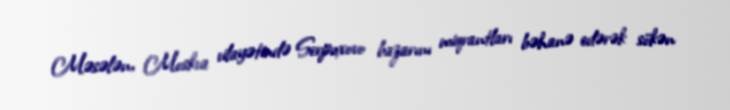
Məsələn, Moskva vilayətində Serpuxovo bazarını miqrantları bəhanə edərək sökən